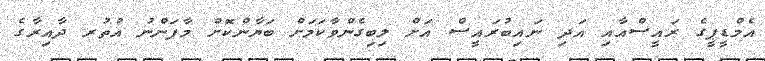
އެމްޑީޕީގެ ރައީސްއާއި އަދި ނައިބުރައީސް އަށް ލިބިގެންވާކަމަށް ބަޔާންކޮށް މާފަންނު އުތުރ ދާއިރާގެ